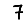
Digit: 7